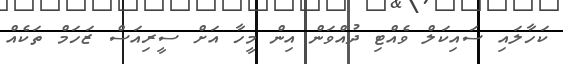
ކަހާލައި ސައިކަލް ވެއްޓި ދުއްވަން އިން މީހާ އަށް ސީރިއަސް ޒަހަމް ތަކެއް